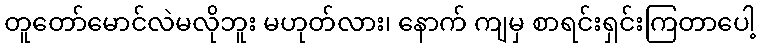
တူတော်မောင်လဲမလိုဘူး မဟုတ်လား၊ နောက် ကျမှ စာရင်းရှင်းကြတာပေါ့